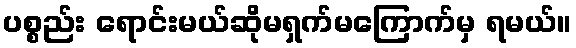
ပစ္စည်း ရောင်းမယ်ဆိုမရှက်မကြောက်မှ ရမယ်။